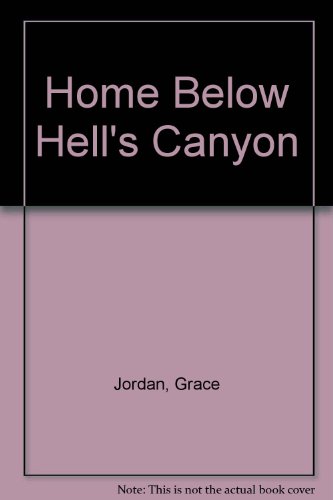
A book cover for Home Below Hells Canyon; Grace Jordan; Travel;